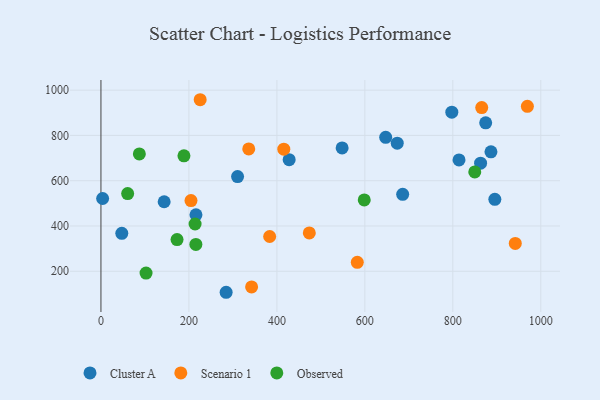
{"axis": {"x": "Study Hours", "y": "Rating"}, "legend": ["Cluster A", "Observed", "Scenario 1"], "data": [{"x": "797.7", "y": 902.9, "type": "Cluster A"}, {"x": "548.3", "y": 744.6, "type": "Cluster A"}, {"x": "47.4", "y": 367.7, "type": "Cluster A"}, {"x": "895.5", "y": 517.6, "type": "Cluster A"}, {"x": "673.6", "y": 765.9, "type": "Cluster A"}, {"x": "310.6", "y": 618.3, "type": "Cluster A"}, {"x": "427.9", "y": 693.0, "type": "Cluster A"}, {"x": "216.0", "y": 449.3, "type": "Cluster A"}, {"x": "3.8", "y": 521.3, "type": "Cluster A"}, {"x": "814.1", "y": 691.6, "type": "Cluster A"}, {"x": "886.7", "y": 727.6, "type": "Cluster A"}, {"x": "863.1", "y": 677.2, "type": "Cluster A"}, {"x": "284.6", "y": 107.1, "type": "Cluster A"}, {"x": "686.0", "y": 540.0, "type": "Cluster A"}, {"x": "874.7", "y": 855.6, "type": "Cluster A"}, {"x": "647.4", "y": 791.7, "type": "Cluster A"}, {"x": "143.7", "y": 507.1, "type": "Cluster A"}, {"x": "204.7", "y": 512.4, "type": "Scenario 1"}, {"x": "415.7", "y": 739.1, "type": "Scenario 1"}, {"x": "342.5", "y": 130.7, "type": "Scenario 1"}, {"x": "865.7", "y": 923.0, "type": "Scenario 1"}, {"x": "225.6", "y": 957.7, "type": "Scenario 1"}, {"x": "383.6", "y": 353.4, "type": "Scenario 1"}, {"x": "582.8", "y": 239.2, "type": "Scenario 1"}, {"x": "969.5", "y": 928.5, "type": "Scenario 1"}, {"x": "473.7", "y": 369.4, "type": "Scenario 1"}, {"x": "942.0", "y": 322.7, "type": "Scenario 1"}, {"x": "336.0", "y": 740.5, "type": "Scenario 1"}, {"x": "188.7", "y": 710.0, "type": "Observed"}, {"x": "214.0", "y": 408.8, "type": "Observed"}, {"x": "102.5", "y": 192.0, "type": "Observed"}, {"x": "173.0", "y": 340.1, "type": "Observed"}, {"x": "60.7", "y": 543.0, "type": "Observed"}, {"x": "215.8", "y": 318.5, "type": "Observed"}, {"x": "849.9", "y": 638.9, "type": "Observed"}, {"x": "598.6", "y": 514.9, "type": "Observed"}, {"x": "87.3", "y": 718.1, "type": "Observed"}]}